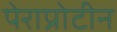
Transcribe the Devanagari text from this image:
पेराप्रोटीन